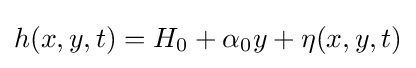
h(x,y,t)=H_{0}+\alpha _{0}y+\eta (x,y,t)